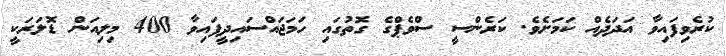
ކުރެވިފައިވާ އަދަދެއް ކަމަށެވެ. ކަރެންސީ ސްވެޕްގެ ގޮތުގައި ހަމަޖައްސައިދީފައިވާ 400 މިލިއަން ޑޮލަރަކީ